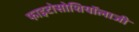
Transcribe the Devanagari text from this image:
फाइटोसोशियॉलाजी